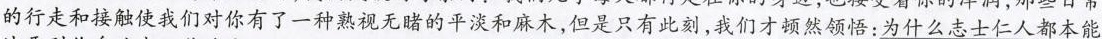
的行走和接触使我们对你有了一种熟视无睹的平淡和麻木，但是只有此刻，我们才顿然领悟：为什么志士仁人都本能